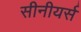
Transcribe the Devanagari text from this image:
सीनीयर्स